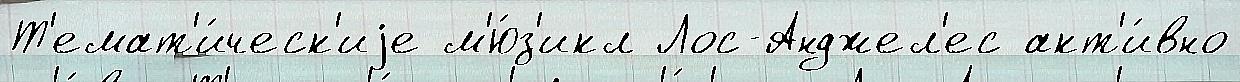
Т'емат'и́ческ'иjе м'ю́з'икл Лос-Анджел'ес акт'и́вно